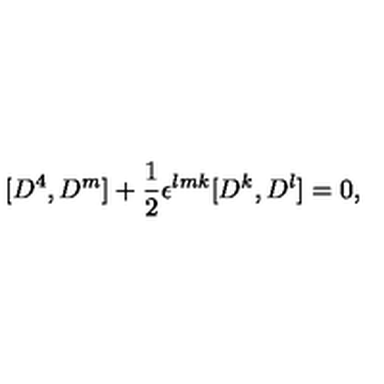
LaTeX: [ D ^ { 4 } , D ^ { m } ] + { \frac { 1 } { 2 } } \epsilon ^ { l m k } [ D ^ { k } , D ^ { l } ] = 0 ,